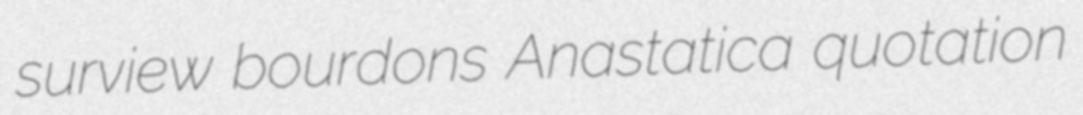
surview bourdons Anastatica quotation